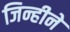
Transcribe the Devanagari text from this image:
जिन्हीने